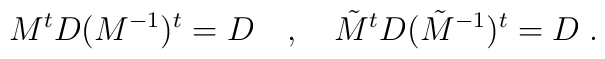
M^tD(M^{-1})^t=D \quad, \quad \tilde{M}^t D (\tilde{M}^{-1})^t=D \;.